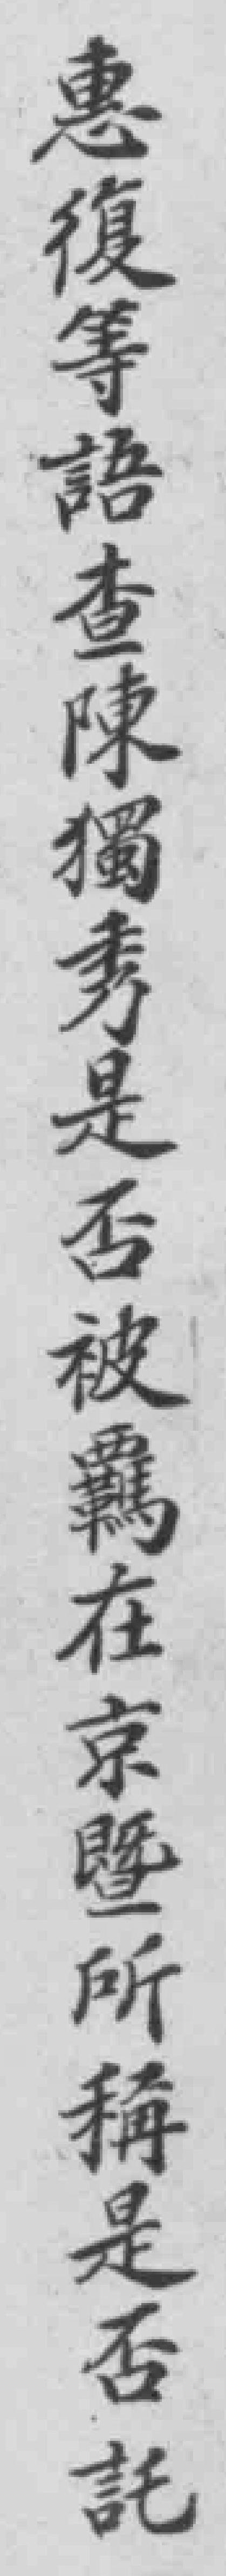
惠復等語查陳獨秀是否被羈在京暨所稱是否託